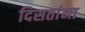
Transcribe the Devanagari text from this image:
दिसतांना